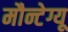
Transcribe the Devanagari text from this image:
मौन्टेग्यू